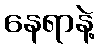
နေရာနဲ့